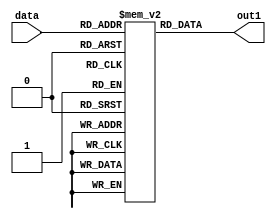
module dispatch1 (output wire [3:0]out1, input [1:0]data);

    //wire [3:0]out1 ;
    reg [3:0]dispatch_rom[3:0];
    initial begin
		dispatch_rom[0]=4;
		dispatch_rom[1]=5;
		dispatch_rom[2]=6;
		dispatch_rom[3]=6;
	end
    assign out1=dispatch_rom[data];
    
    
endmodule